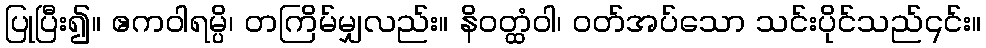
ပြုပြီး၍။ ဧကဝါရမ္ပိ၊ တကြိမ်မျှလည်း။ နိဝတ္ထံဝါ၊ ဝတ်အပ်သော သင်းပိုင်သည်၎င်း။